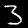
Label: 3